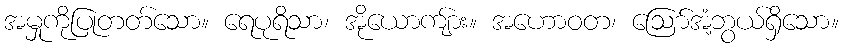
အမှုကိုပြုတတ်သော။ ရေပုရိသာ၊ အိုယောကျ်ား။ အဟောဝတ၊ ဩော်အံ့ဘွယ်ရှိသော။